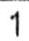
1